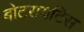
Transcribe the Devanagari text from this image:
बोटरायटिस